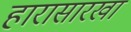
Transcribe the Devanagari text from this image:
हारासारखा